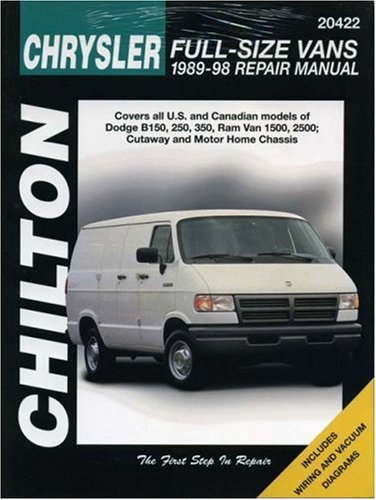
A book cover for Dodge Vans, 1989-98 (Chilton Total Car Care Series Manuals); Chilton; Engineering & Transportation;